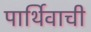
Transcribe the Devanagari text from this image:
पार्थिवाची